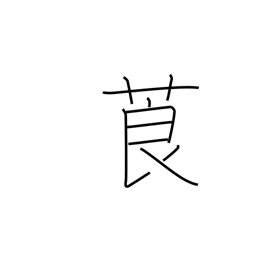
Meaning: tobacco